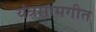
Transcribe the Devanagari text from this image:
यंत्रसामगीत